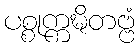
ပစ္စုက္ကဍ္ဎိတဗ္ဗံ